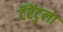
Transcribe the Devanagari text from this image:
टॅरेंटुला